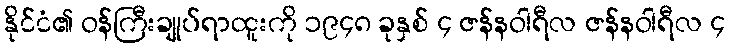
နိုင်ငံ၏ ဝန်ကြီးချုပ်ရာထူးကို ၁၉၄၈ ခုနှစ် ၄ ဇန်နဝါရီလ ဇန်နဝါရီလ ၄